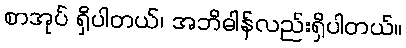
စာအုပ် ရှိပါတယ်၊ အဘိဓါန်လည်းရှိပါတယ်။